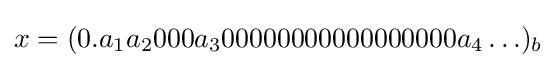
x=(0.a_{1}a_{2}000a_{3}00000000000000000a_{4}\ldots )_{b}